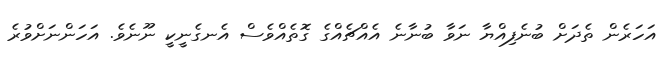
އަހަރެން ތެދަށް ބުނެފިއްޔާ ނަވާ ބުނާނެ އެއްޗެއްގެ ގޮތެއްވެސް އެނގެނީކީ ނޫނެވެ. އަހަންނަށްވުރެ